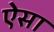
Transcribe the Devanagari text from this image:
ऐेसा